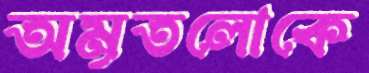
অমৃতলোকে